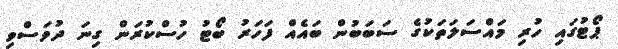
ޕޯޓުގައި ހުރި މައްސަލަތަކުގެ ސަބަބުން ބައެއް ފަހަރު ބޯޓު ހުސްކުރަން ގިނަ ދުވަސްވި